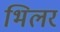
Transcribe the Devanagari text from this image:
भिलर